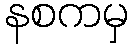
နစကမှ